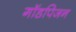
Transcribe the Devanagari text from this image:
गॉडपिजन